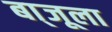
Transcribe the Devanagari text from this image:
बा्जूला